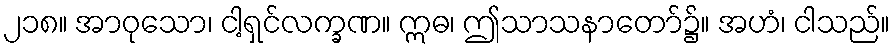
၂၁၈။ အာဝုသော၊ ငါ့ရှင်လက္ခဏ။ ဣဓ၊ ဤသာသနာတော်၌။ အဟံ၊ ငါသည်။